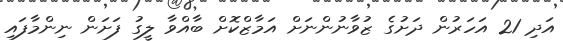
އަދި 21 އަހަރުން ދަށުގެ ޒުވާނުންނަށް އަމާޒްކޮށް ބާއްވާ ލީގު ފަށަން ނިންމާފައި